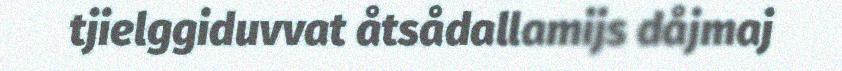
tjielggiduvvat åtsådallamijs dåjmaj